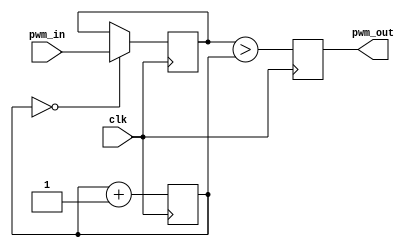
`timescale 1ns / 1ps

module PWM(
    input clk,			//input clock
    input [7:0] pwm_in, //input from switches
    output reg pwm_out 	//output of PWM	
);

reg [7:0] new_pwm=0;
reg [7:0] pwm_ramp=0; 
always @(posedge clk) 
begin
    if (pwm_ramp==0)new_pwm <= pwm_in;
    pwm_ramp <= pwm_ramp + 1'b1;
    pwm_out <= (new_pwm > pwm_ramp);
end
	
endmodule